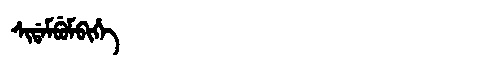
Manchu: ᠰᡳᡩᠠᠮᠪᡠᠮᠪᡳᡥᡝ
Romanization: SIDAMBUMBIHE